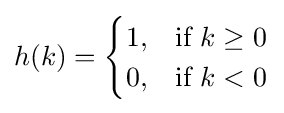
h(k)={\begin{cases}1,&{\mbox{if }}k\geq 0\\0,&{\mbox{if }}k<0\end{cases}}